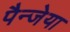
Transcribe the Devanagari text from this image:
पैन्जेया